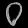
Digit: ၀